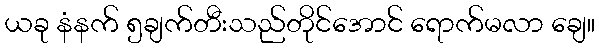
ယခု နံနက် ၅ချက်တီးသည်တိုင်အောင် ရောက်မလာ ချေ။